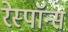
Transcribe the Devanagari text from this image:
रेस्पाॅन्स